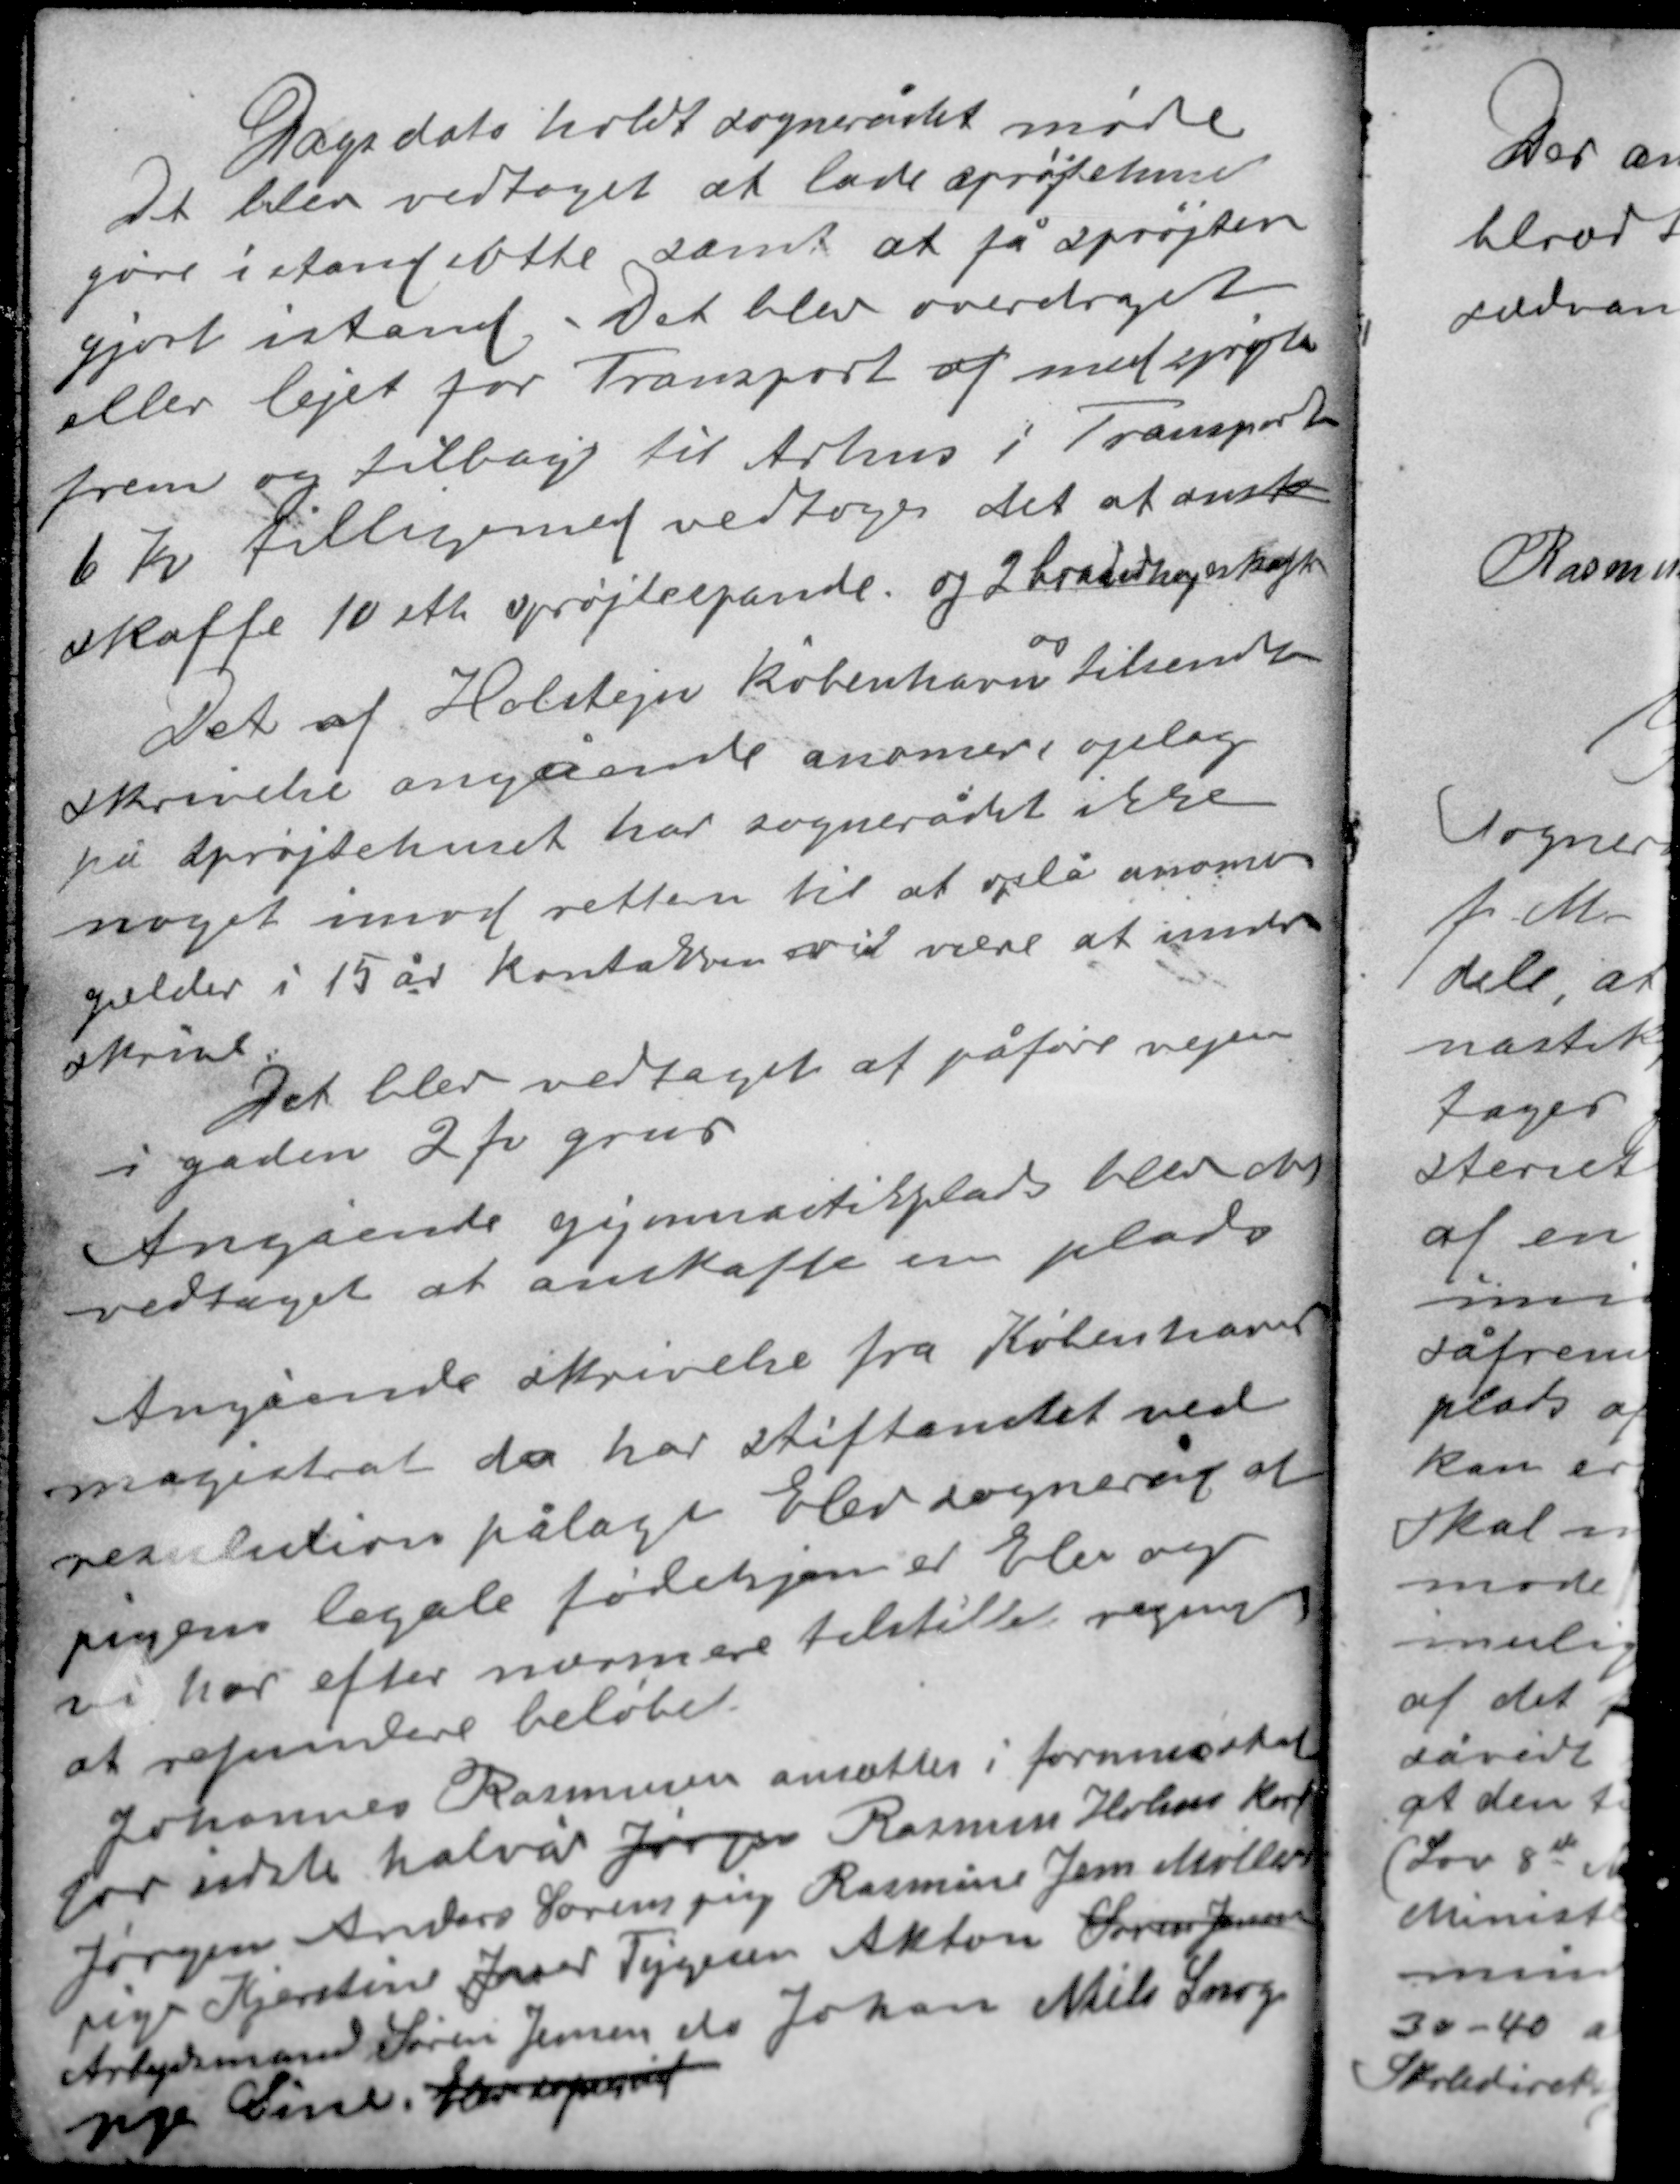
Transskription:
Dags dato holdt sognerådet møde
Det blev vedtaget at lade grøfterne
gøre i stand dette samt at få sprøjten
gjort istand. Det blev overdraget
eller lejet for Transport af med sprøjte
frem og tilbage til Århus i Transport
6 kr tilligemed vedtoges det at anst-
skaffe 10 stk sprøjtespande og 2 bradxxxx

os
Det af Holstejn københavn tilsendte
skrivelse angående anoncer opslag
på sprøjtehuset har sognerådet ikke
noget imod retten til at opslå anoncer
gælder i 15 år. Kontrakten vil være at under-
skrive.
Det blev vedtaget at påføre vejen
i gaden 2 fv grus.

Angående gymnastikplads blev det
vedtaget at anskaffe en plads.
Angående skrivelse fra Københavns
magistrat da har stiftamtet ved
resulution pålagt Elev sogneråd at
pigens legale fødehjem er Elev sogn
vi har efter nærmere tilstillet regning
at refundere beløbet.

Johannes Rasmussen ansættes i formueskat
for sidste halvår Jørgen Rasmus Holms karl
Jørgen Anders Sørens pige Rasmine Jens Møllers
pige Kjerstine Jonas Tygesen Anton Søren Jensen
Arbejdsmand Søren Jensen da Johan Niels Snogs
pige Line. Elev sogneråd